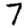
Digit: 7